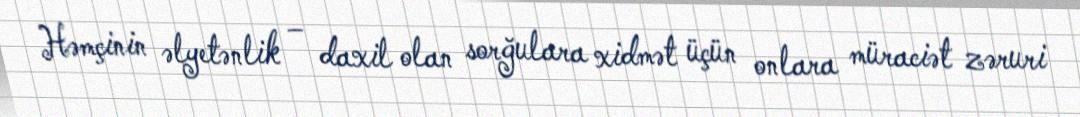
Həmçinin əlyetənlik – daxil olan sorğulara xidmət üçün onlara müraciət zəruri